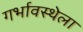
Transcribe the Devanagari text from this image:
गर्भावस्थेला